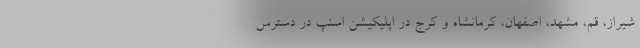
شیراز، قم، مشهد، اصفهان، کرمانشاه و کرج در اپلیکیشن اسنپ در دسترس